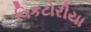
વિકટોરીયા